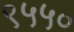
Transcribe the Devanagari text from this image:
९५५०